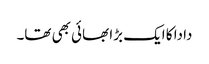
دادا کا ایک بڑا بھائی بھی تھا۔